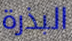
البذرة